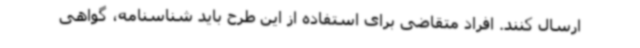
ارسال کنند. افراد متقاضی برای استفاده از این طرح باید شناسنامه، گواهی